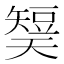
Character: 𰦡